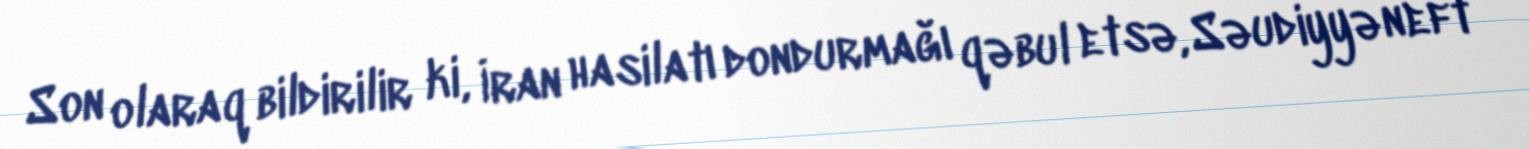
Son olaraq bildirilir ki, İran hasilatı dondurmağı qəbul etsə, Səudiyyə neft